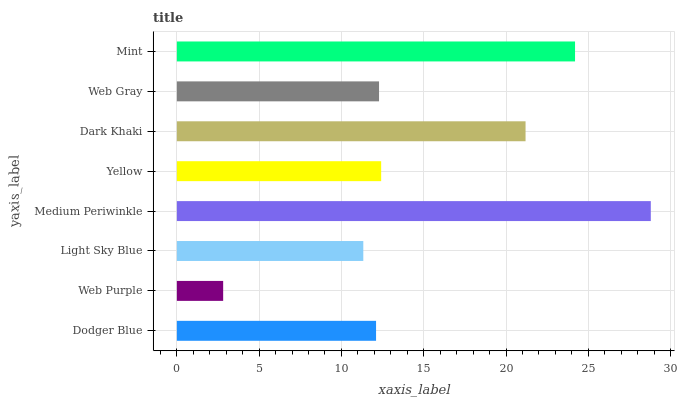
| yaxis_label | bars |
 | --- | --- |
 | Dodger Blue | 12.1 |
 | Web Purple | 2.81 |
 | Light Sky Blue | 11.3 |
 | Medium Periwinkle | 28.8 |
 | Yellow | 12.4 |
 | Dark Khaki | 21.2 |
 | Web Gray | 12.3 |
 | Mint | 24.2 |